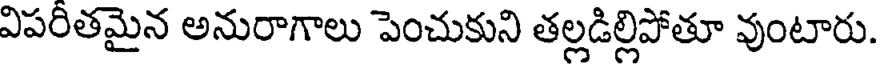
విపరితమైన అనురాగాలు పెంచుకుని తల్లడిల్లిపోతూ వుంటారు.